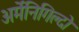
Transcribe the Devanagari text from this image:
अर्मेनिगिल्दो